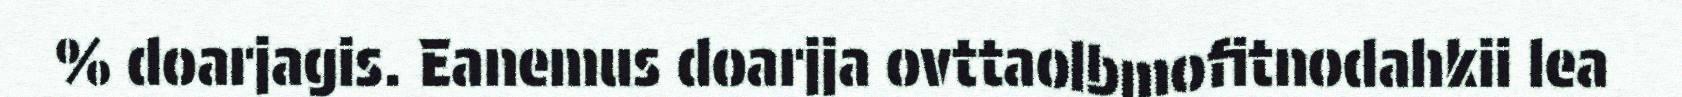
% doarjagis. Eanemus doarjja ovttaolbmofitnodahkii lea